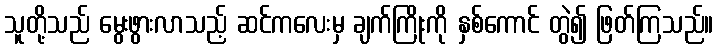
သူတို့သည် မွေးဖွားလာသည့် ဆင်ကလေးမှ ချက်ကြိုးကို နှစ်ကောင် တွဲ၍ ဖြတ်ကြသည်။